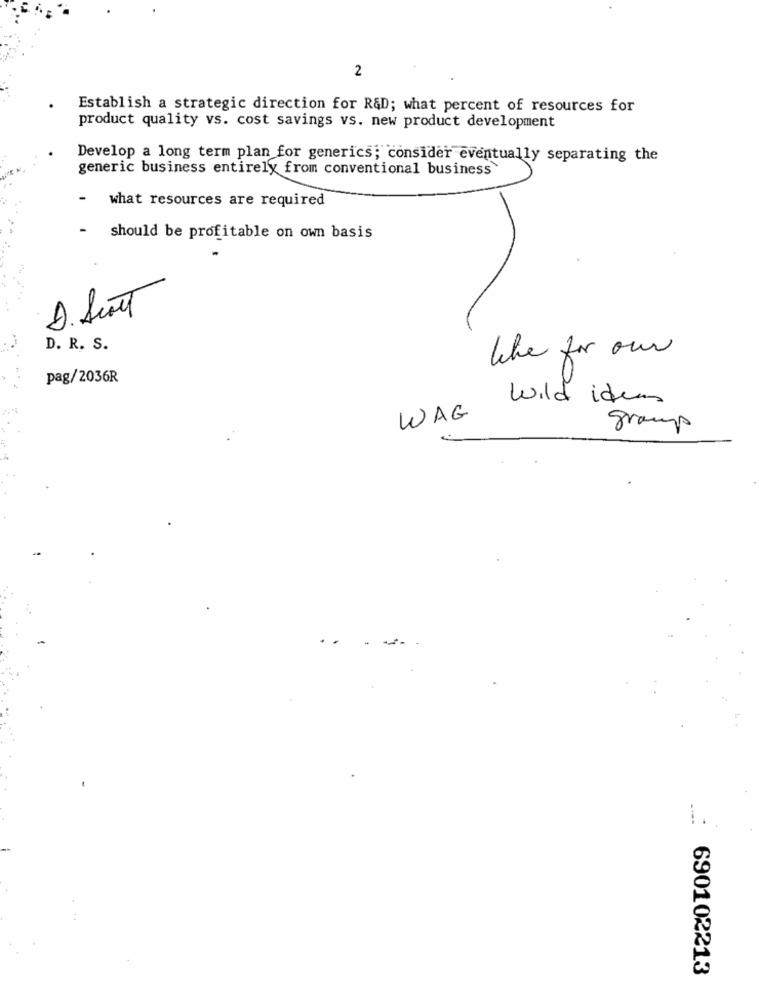
2
Establish a strategic direction for R&D; what percent of resources for
product quality vs. cost savings vs. new product development
Develop a long term plan for generics; consider eventually separating the
generic business entirely from conventional business
what resources are required
- should be profitable on own basis
D.Scott
-
D. R. S.
like for our
pag/2036R
wild iden
WAG
gramps
690102213